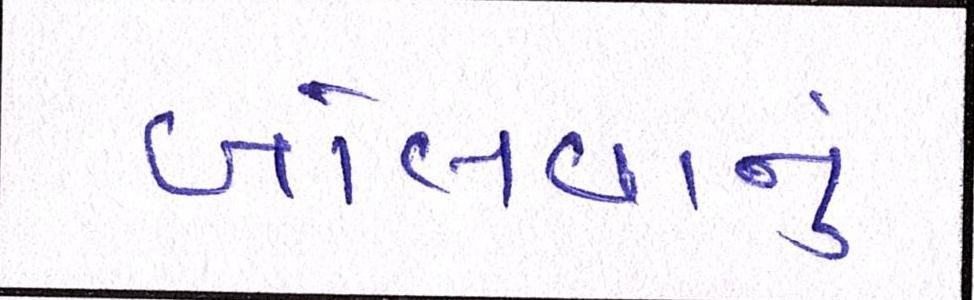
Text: બોલવાનું